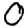
Digit: 0